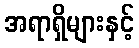
အရာရှိများနှင့်